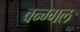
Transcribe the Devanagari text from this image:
बन्ग्गल